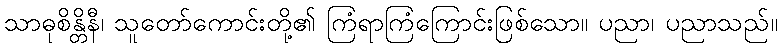
သာဓုစိန္တိနီ၊ သူတော်ကောင်းတို့၏ ကြံရာကြံကြောင်းဖြစ်သော။ ပညာ၊ ပညာသည်။